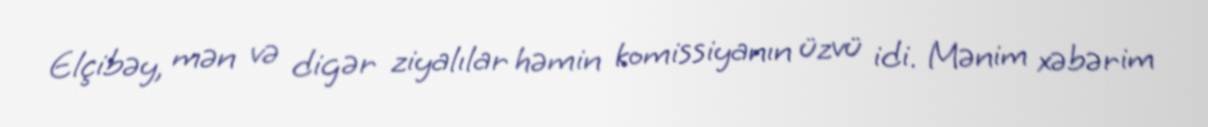
Elçibəy, mən və digər ziyalılar həmin komissiyanın üzvü idi. Mənim xəbərim